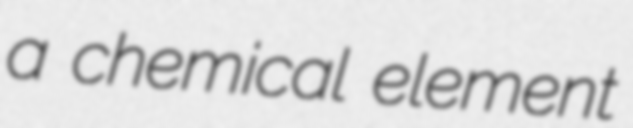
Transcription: a chemical element